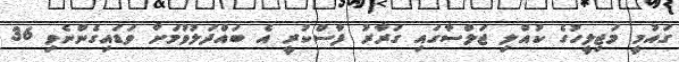
ގައުމީ މަޖިލީހުގެ ކުއްލި ޖަލްސާގައި ގަރާރު ފާސްކުރީ އެ ބައްދަލުވުމަށް ވަޑައިގެންނެވި 36